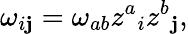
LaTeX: \omega_{i\mathbf{j}}=\omega_{ab}z^{a}{}_{i}z^{b}{}_{\mathbf{j}},